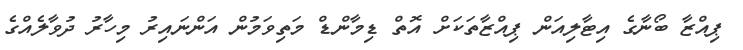
ޕިއްޒާ ބޯނާގެ އިޓާލިއަން ޕިއްޒާތަކަށް އޮތް ޑިމާންޑް މަތިވަމުން އަންނައިރު މިހާރު ދުވާލެއްގެ